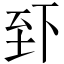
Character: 𫠮